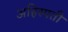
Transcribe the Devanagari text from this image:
अहिस्पती